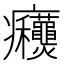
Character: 𰤋